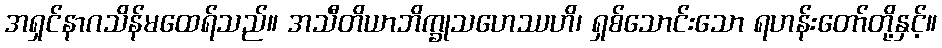
အရှင်နာဂသိန်မထေရ်သည်။ အသီတိယာဘိက္ခုသဟေဿဟိ၊ ရှစ်သောင်းသော ရဟန်းတော်တို့နှင့်။